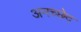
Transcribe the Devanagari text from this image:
अनच्छेद